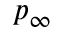
p _ { \infty }